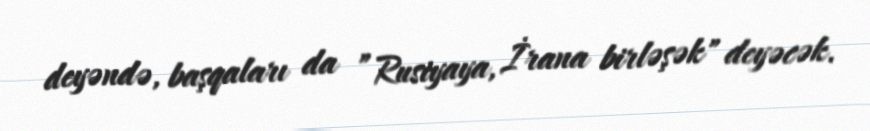
deyəndə, başqaları da ”Rusiyaya, İrana birləşək" deyəcək.